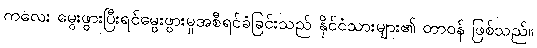
ကလေး မွေးဖွားပြီးရင်မွေးဖွားမှုအစီရင်ခံခြင်းသည် နိုင်ငံသားများ၏ တာဝန် ဖြစ်သည်။